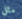
مثل